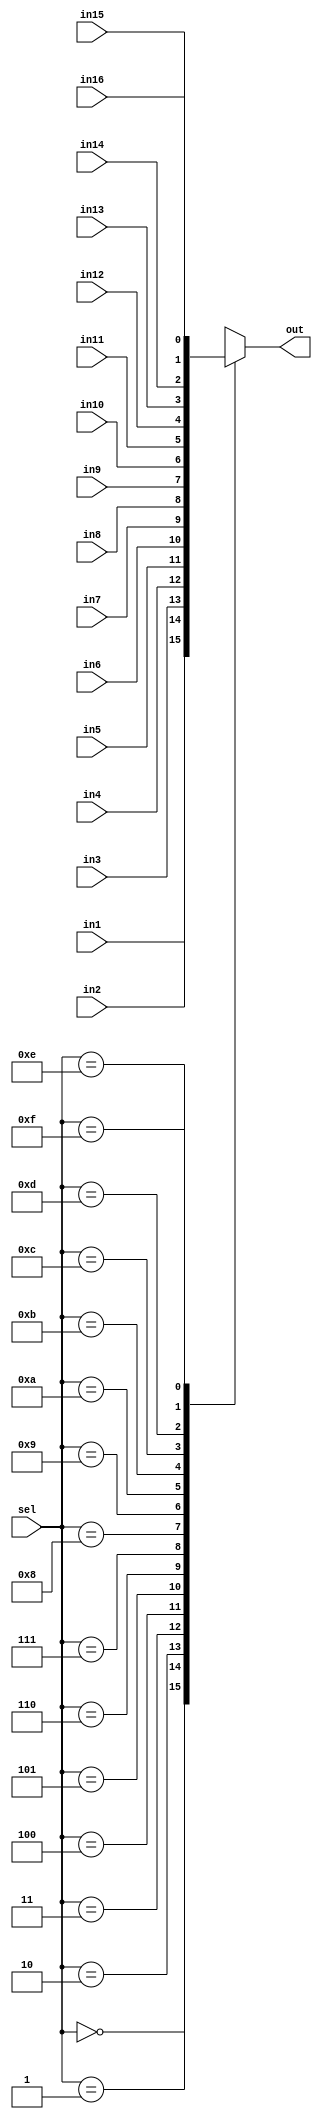
/*********************************************************
 *
 *  Module: mux16_4.v
 *  Project: Hunter_RV32
 *  Description: 16 by 1 Multiplexer
 *
 *********************************************************/
`timescale 1ns/1ns

module mux16_4 (sel,in1, in2, in3, in4,in5,in6,in7,in8, in9, in10,in11, in12, in13, in14, in15, in16, out);

    parameter N=1;
    input [3:0] sel;
    input [N-1:0] in1;
    input [N-1:0] in2;
    input [N-1:0] in3;
    input [N-1:0] in4;
    input [N-1:0] in5;
    input [N-1:0] in6;
    input [N-1:0] in7;
    input [N-1:0] in8;
    input [N-1:0] in9;
    input [N-1:0] in10;
    input [N-1:0] in11;
    input [N-1:0] in12;
    input [N-1:0] in13;
    input [N-1:0] in14;
    input [N-1:0] in15;
    input [N-1:0] in16;
    output reg [N-1:0] out;
    
    always @(*) begin
        case(sel)
            4'b0000: out = in1;
            4'b0001: out = in2;
            4'b0010: out = in3;
            4'b0011: out = in4;
            4'b0100: out = in5;
            4'b0101: out = in6;
            4'b0110: out = in7;
            4'b0111: out = in8;
            4'b1000: out = in9;
            4'b1001: out = in10;
            4'b1010: out = in11;
            4'b1011: out = in12;
            4'b1100: out = in13;
            4'b1101: out = in14;
            4'b1110: out = in15;
            4'b1111: out = in16;
        endcase
    end
    
endmodule